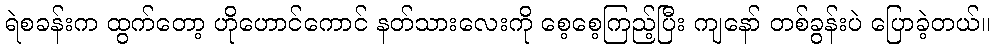
ရဲစခန်းက ထွက်တော့ ဟိုဟောင်ကောင် နတ်သားလေးကို စေ့စေ့ကြည့်ပြီး ကျနော် တစ်ခွန်းပဲ ပြောခဲ့တယ်။